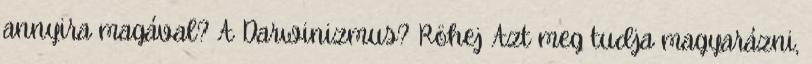
annyira magával? A Darwinizmus? Röhej Azt meg tudja magyarázni,